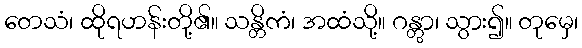
တေသံ၊ ထိုရဟန်းတို့၏။ သန္တိကံ၊ အထံသို့။ ဂန္တွာ၊ သွား၍။ တုမှေ၊